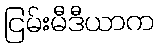
ငြမ်းမီဒီယာက